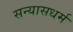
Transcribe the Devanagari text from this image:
सन्यासधर्म